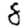
Digit: 8